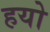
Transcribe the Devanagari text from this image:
हयो